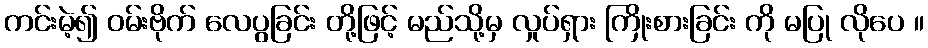
ကင်းမဲ့၍ ဝမ်းဗိုက် လေပွခြင်း တို့ဖြင့် မည်သို့မှ လှုပ်ရှား ကြိုးစားခြင်း ကို မပြု လိုပေ ။